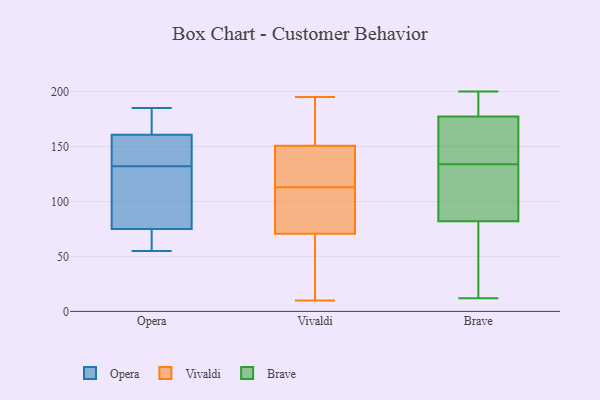
{"axis": {"x": "LTV (USD)", "y": "Value"}, "legend": ["Brave", "Opera", "Vivaldi"], "data": [{"x": "", "y": 74, "type": "Opera"}, {"x": "", "y": 55, "type": "Opera"}, {"x": "", "y": 68, "type": "Opera"}, {"x": "", "y": 137, "type": "Opera"}, {"x": "", "y": 132, "type": "Opera"}, {"x": "", "y": 185, "type": "Opera"}, {"x": "", "y": 151, "type": "Opera"}, {"x": "", "y": 172, "type": "Opera"}, {"x": "", "y": 101, "type": "Opera"}, {"x": "", "y": 78, "type": "Opera"}, {"x": "", "y": 164, "type": "Opera"}, {"x": "", "y": 78, "type": "Vivaldi"}, {"x": "", "y": 177, "type": "Vivaldi"}, {"x": "", "y": 195, "type": "Vivaldi"}, {"x": "", "y": 113, "type": "Vivaldi"}, {"x": "", "y": 138, "type": "Vivaldi"}, {"x": "", "y": 127, "type": "Vivaldi"}, {"x": "", "y": 39, "type": "Vivaldi"}, {"x": "", "y": 49, "type": "Vivaldi"}, {"x": "", "y": 82, "type": "Vivaldi"}, {"x": "", "y": 10, "type": "Vivaldi"}, {"x": "", "y": 83, "type": "Vivaldi"}, {"x": "", "y": 191, "type": "Vivaldi"}, {"x": "", "y": 142, "type": "Vivaldi"}, {"x": "", "y": 185, "type": "Brave"}, {"x": "", "y": 35, "type": "Brave"}, {"x": "", "y": 78, "type": "Brave"}, {"x": "", "y": 101, "type": "Brave"}, {"x": "", "y": 189, "type": "Brave"}, {"x": "", "y": 106, "type": "Brave"}, {"x": "", "y": 200, "type": "Brave"}, {"x": "", "y": 180, "type": "Brave"}, {"x": "", "y": 169, "type": "Brave"}, {"x": "", "y": 12, "type": "Brave"}, {"x": "", "y": 74, "type": "Brave"}, {"x": "", "y": 142, "type": "Brave"}, {"x": "", "y": 94, "type": "Brave"}, {"x": "", "y": 152, "type": "Brave"}, {"x": "", "y": 134, "type": "Brave"}]}